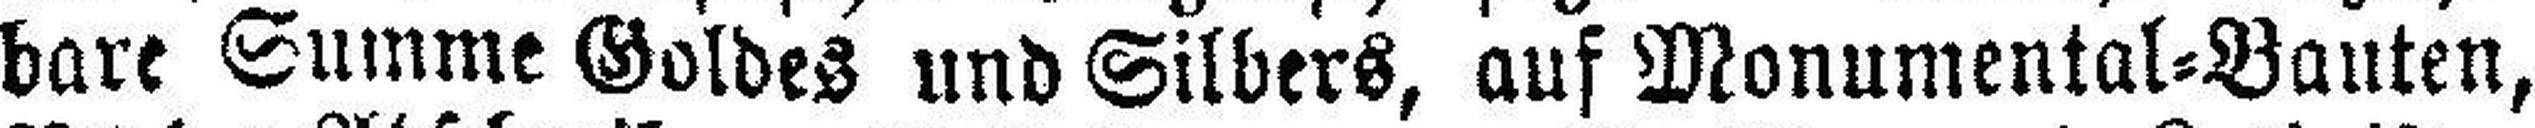
bare Summe Goldes und Silbers, auf Monumental=Bauten,